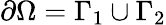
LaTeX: \partial\Omega=\Gamma_{1}\cup\Gamma_{2}